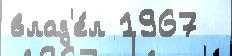
влад'е́л 1967